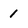
Character: 1